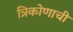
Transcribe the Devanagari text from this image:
त्रिकोणाची